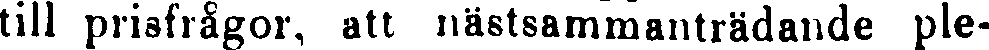
till prisfrågor, att nästsammanträdande ple-